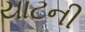
યાટની